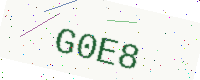
Text: G0E8